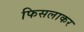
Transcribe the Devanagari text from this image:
फिसलाकर